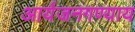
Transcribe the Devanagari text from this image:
आर्यजनगण्याय